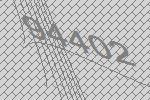
94402